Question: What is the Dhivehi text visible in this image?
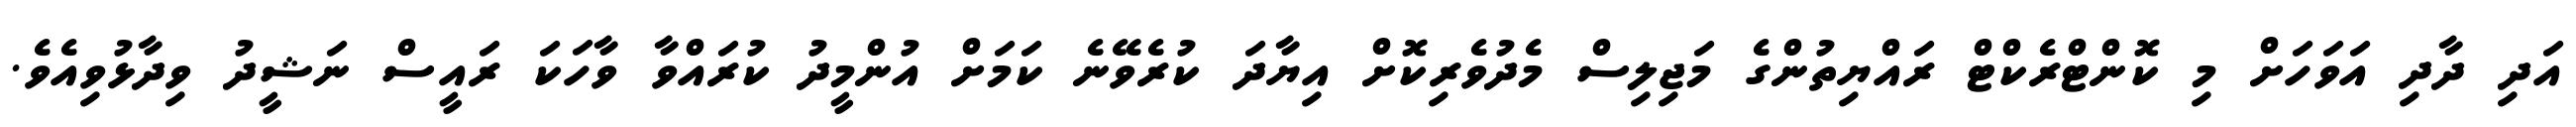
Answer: އަދި ދާދި އަވަހަށް މި ކޮންޓްރެކްޓް ރައްޔިތުންގެ މަޖިލިސް މެދުވެރިކޮށް އިޔާދަ ކުރެވޭނެ ކަމަށް އުންމީދު ކުރައްވާ ވާހަކަ ރައީސް ނަޝީދު ވިދާޅުވިއެވެ.